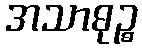
အသာဓုဉ္စ